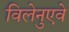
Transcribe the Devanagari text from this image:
विलेनुएवे